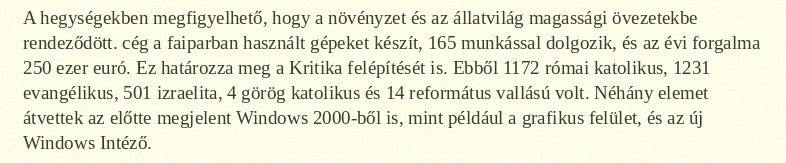
A hegységekben megfigyelhető, hogy a növényzet és az állatvilág magassági övezetekbe rendeződött. cég a faiparban használt gépeket készít, 165 munkással dolgozik, és az évi forgalma 250 ezer euró. Ez határozza meg a Kritika felépítését is. Ebből 1172 római katolikus, 1231 evangélikus, 501 izraelita, 4 görög katolikus és 14 református vallású volt. Néhány elemet átvettek az előtte megjelent Windows 2000-ből is, mint például a grafikus felület, és az új Windows Intéző.